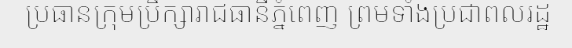
ប្រធានក្រុមប្រឹក្សារាជធានីភ្នំពេញ ព្រមទាំងប្រជាពលរដ្ឋ